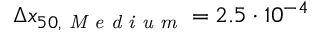
\Delta x _ { 5 0 , \textit { M e d i u m } } = 2 . 5 \cdot 1 0 ^ { - 4 }